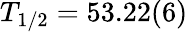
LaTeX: T_{1/2}=53.22(6)